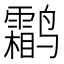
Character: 鹴